system: You are a helpful assistant.
user:
Analyze the provided spectrum to determine if it is a **M-type Giant (gM)**.

A M-type Giant spectrum is defined by its **strong molecular absorption** features, particularly from **Titanium Oxide (TiO)**. You must check for one of the following mutually exclusive signatures:

- **Key Visual Indicators (Absorption-Dominated Spectrum):**

    - **(Primary):** The spectrum is dominated by strong molecular absorption from **Titanium Oxide (TiO)**. This is the **defining feature** of its M-type temperature class.
        - **(Key Bandheads):** Look for sharp, "saw-tooth" absorption valleys. The strongest are located near **~7050 Å**, **~6160 Å**, and **~5170 Å**.
        - **(Line Profile):** The "saw-tooth" morphology is critical: a **sharp, steep drop on the BLUE (short-wavelength) side** of the bandhead, followed by a gradual recovery (rising flux) towards the RED (long-wavelength) side.

    - **(Key Confirmation - Giant vs. Dwarf):** **ABSENCE** of strong **Calcium Hydride (CaH)** molecular bands. This is the primary diagnostic for *excluding* M-dwarfs.
        - **(Key Region):** The spectrum should lack the strong, broad absorption band seen in dwarfs between **~6800 Å and ~7000 Å**.

    - **(Secondary Confirmation - Giant):** A very strong and broad **Neutral Calcium (Ca I)** atomic absorption line.
        - **(Key Line):** Located at **~4226 Å**. In a giant (gM), this line is significantly deeper and broader than the same line in an M-dwarf (dM) due to low surface gravity.

    - **(Overall Spectrum):**
        - The continuum is **extremely red-sloping** (i.e., flux is very low in the blue and rises dramatically towards the red).
        - The entire spectrum appears "chopped up" by the deep TiO bands.

Think first, call **spectral_visualization_tool** if needed to examine features in detail, then provide your final answer. Your response must adhere to the following strict rules:
1.  **Overall Structure:** Your response must follow the format `<think>...</think> <tool_call>...</tool_call> (if a tool is used) <answer>...</answer>`.
2.  **Tool Usage Constraint:** You may only make **one** tool call per turn.
3.  **Final Answer Format:** In the `<answer>` tag, your conclusion must be inside a `\boxed{}` command (e.g., `\boxed{YES}` or `\boxed{NO}`), followed by your justification.

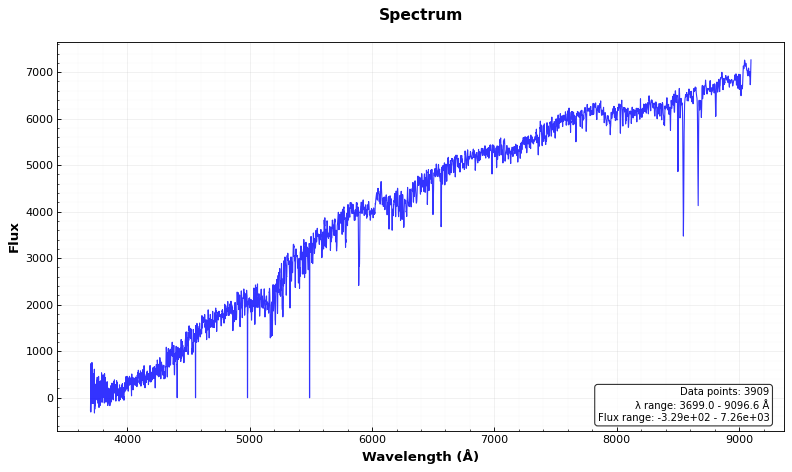
Answer: NO